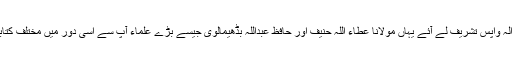
پھر آپ گوجرانوالہ واپس تشریف لے آئے یہاں مولانا عطاء اللہ حنیف اور حافظ عبداللہ بڈھیمالوی جیسے بڑے علماء آپ سے اسی دور میں مختلف کتابیں پڑھتے رہے۔